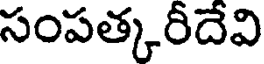
సంపత్కరీదేవి